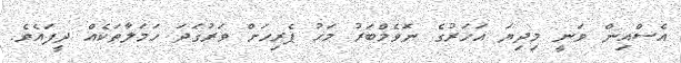
އެސްއިން ވަނީ މިދިޔަ އަހަރުގެ ނޮވެމްބަރު މަހު ޕެރިހަށް ވަރުގަދަ ހަމަލާތަކެއް ދީފައެވެ.